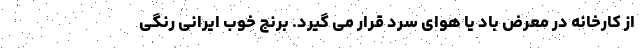
از کارخانه در معرض باد یا هوای سرد قرار می گیرد. برنج خوب ایرانی رنگی